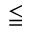
\leqq